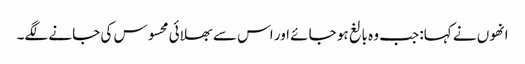
انھوں نے کہا: جب وہ بالغ ہو جائے اور اس سے بھلائی محسوس کی جانے لگے۔